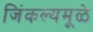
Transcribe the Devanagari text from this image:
जिंकल्यमूळे